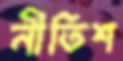
নীতিশ